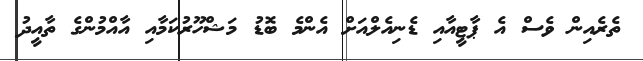
ތެރެއިން ވެސް އެ ޕާޓީއާއި ޑެނިއެލްއަށް އެންމެ ބޮޑު މަޝްހޫރުކަމާއި އާއްމުންގެ ތާއީދު